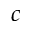
c